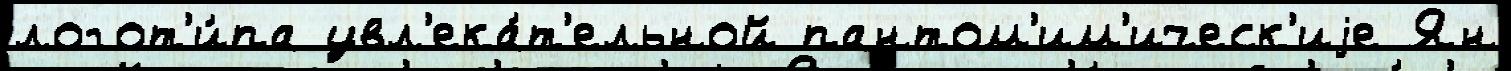
логот'и́па увл'ека́т'ельной пантом'им'ическ'иjе Ян